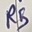
Text: R5